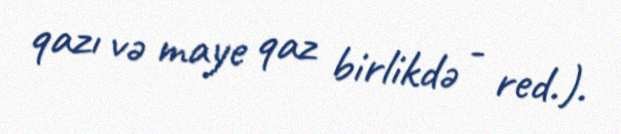
qazı və maye qaz birlikdə - red.).